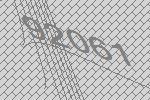
92061